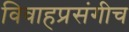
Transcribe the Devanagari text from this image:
विवाहप्रसंगीच